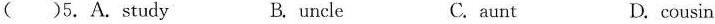
()5.A.study B.uncle C.aunt D.cousin